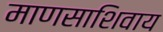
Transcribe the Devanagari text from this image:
माणसाशिवाय